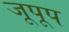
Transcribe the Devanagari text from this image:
जूपूप